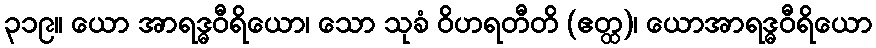
၃၁၉။ ယော အာရဒ္ဓဝီရိယော၊ သော သုခံ ဝိဟရတီတိ (ဧတ္ထ)၊ ယောအာရဒ္ဓဝီရိယော